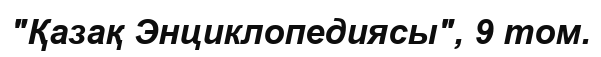
"Қазақ Энциклопедиясы", 9 том.